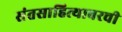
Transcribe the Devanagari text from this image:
संतसाहित्यावरची